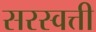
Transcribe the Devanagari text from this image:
सरस्वत्ती